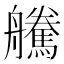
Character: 𦫀